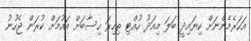
އަހަރެމެންނަށް ކިޔައިދީ ބަލަ މިއަދު ހުއްޓި ތިހިރަ ހިސާބަށް އައުމަށް ކުރަން ޖެހުނު